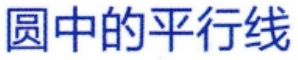
圆中的平行线